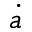
\dot { a }